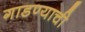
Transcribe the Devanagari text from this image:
गाडण्याची